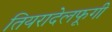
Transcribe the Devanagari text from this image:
तियरादेलफूगी